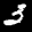
Label: 3